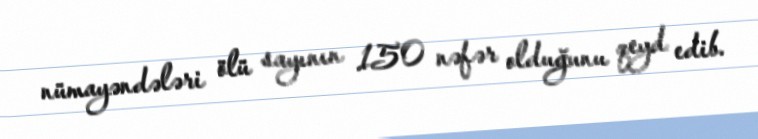
nümayəndələri ölü sayının 150 nəfər olduğunu qeyd edib.